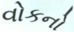
વોકનો